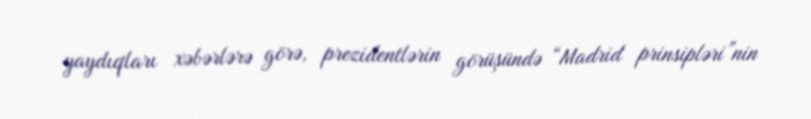
yaydıqları xəbərlərə görə, prezidentlərin görüşündə “Madrid prinsipləri”nin